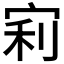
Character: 𡨖